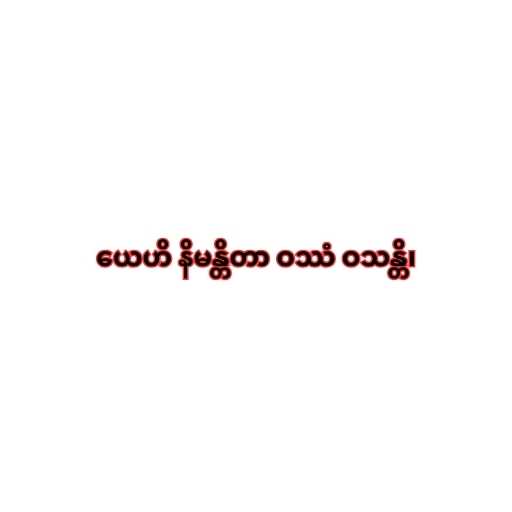
ယေဟိ နိမန္တိတာ ဝဿံ ဝသန္တိ၊